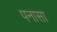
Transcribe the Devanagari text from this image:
पनासा